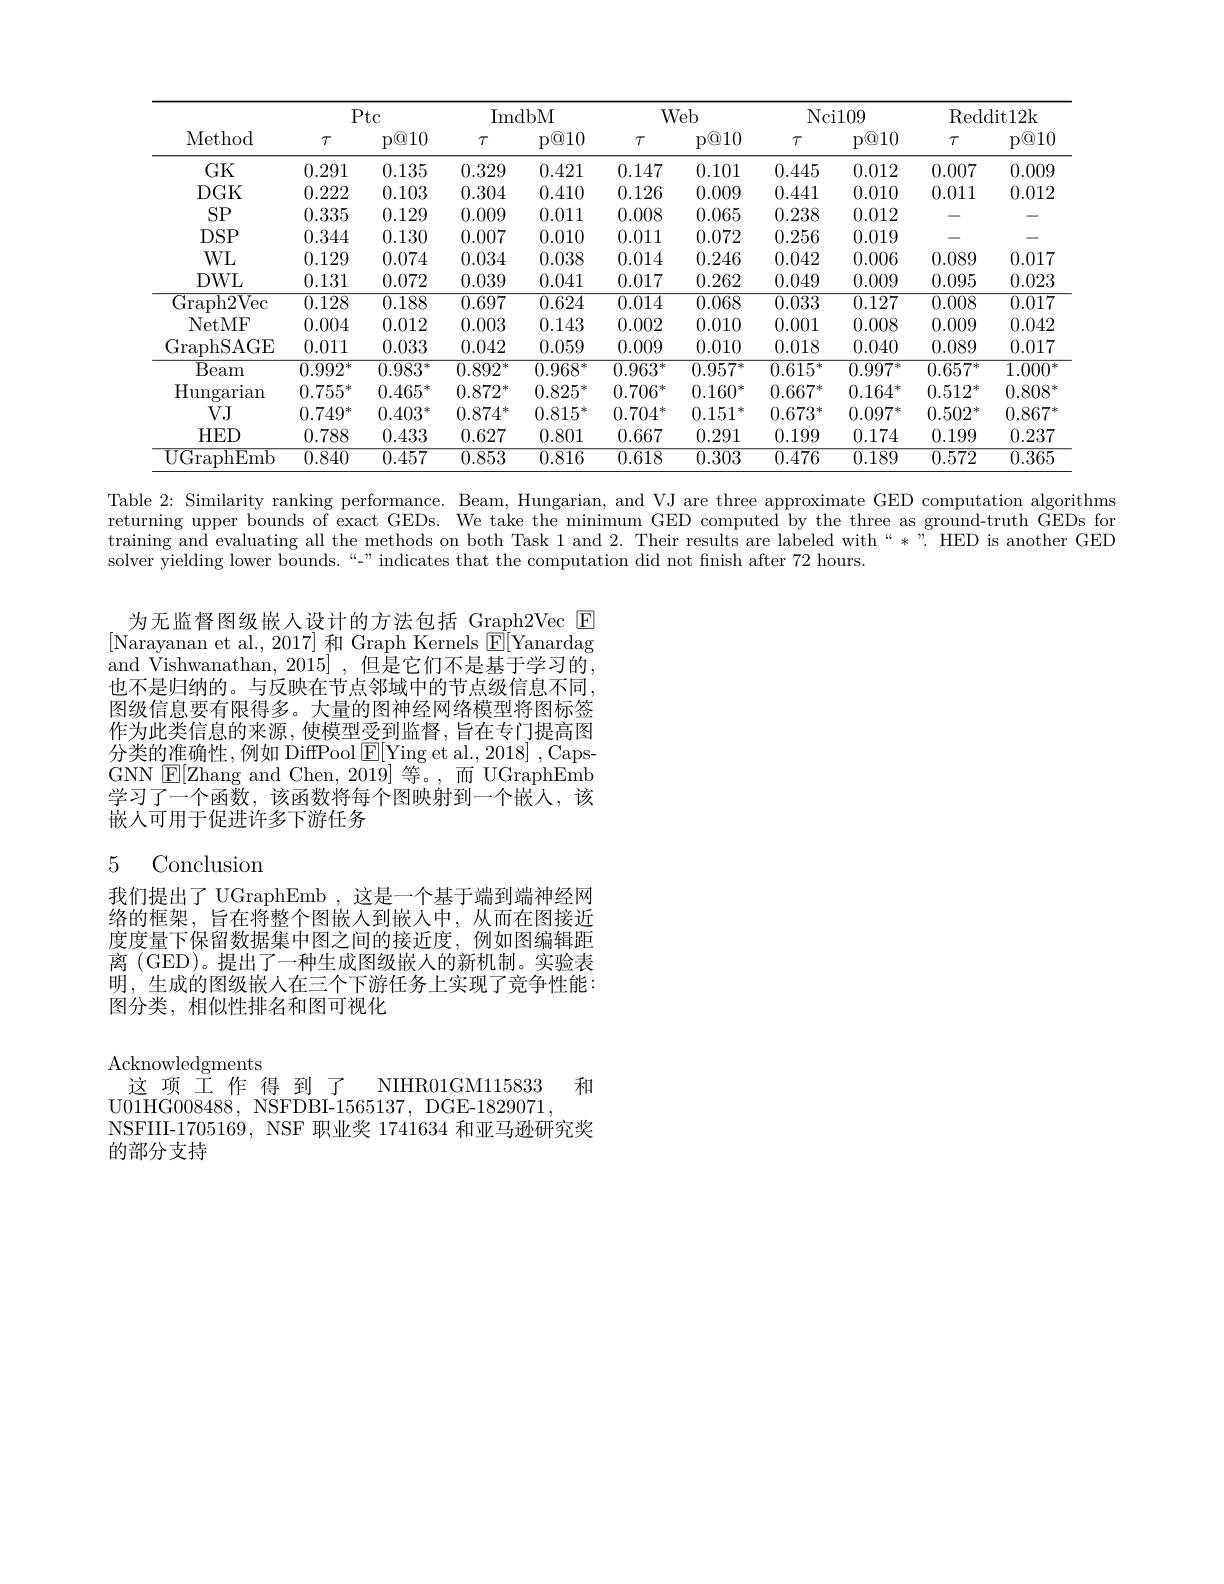
<table>
	<tbody>
		<tr>
			<th rowspan="2">Method</th>
			<th colspan="2">Ptc</th>
			<th colspan="2">ImdbM</th>
			<th colspan="2">Web</th>
			<th colspan="2">Nci109</th>
			<th colspan="2">Reddit12k</th>
		</tr>
		<tr>
			<th>$\tau$</th>
			<th>$p\textcircled{\mathbb{Q}}10$</th>
			<th>$\tau$</th>
			<th>$p\textcircled{\mathrm{Q}}10$</th>
			<th>$\tau$</th>
			<th>$p\textcircled{\mathrm{O}}10$</th>
			<th>$\tau$</th>
			<th>$p\textcircled{\mathrm{O}}10$</th>
			<th>$\tau$</th>
			<th>$p\textcircled{\mathrm{Q}}10$</th>
		</tr>
		<tr>
			<td>$GK$</td>
			<td>0.291</td>
			<td>0.135</td>
			<td>0.329</td>
			<td>0.421</td>
			<td>0.147</td>
			<td>0.101</td>
			<td>0.445</td>
			<td>0.012</td>
			<td>0.007</td>
			<td>0.009</td>
		</tr>
		<tr>
			<td>$DGK$</td>
			<td>0.222</td>
			<td>0.103</td>
			<td>0.304</td>
			<td>0.410</td>
			<td>0.126</td>
			<td>0.009</td>
			<td>0.441</td>
			<td>0.010</td>
			<td>0.011</td>
			<td>0.012</td>
		</tr>
		<tr>
			<td>$SP$</td>
			<td>0.335</td>
			<td>0.129</td>
			<td>0.009</td>
			<td>0.011</td>
			<td>0.008</td>
			<td>0.065</td>
			<td>0.238</td>
			<td>0.012</td>
			<td> </td>
			<td> </td>
		</tr>
		<tr>
			<td>$DSP$</td>
			<td>0.344</td>
			<td>0.130</td>
			<td>0.007</td>
			<td>0.010</td>
			<td>0.011</td>
			<td>0.072</td>
			<td>0.256</td>
			<td>0.019</td>
			<td> </td>
			<td> </td>
		</tr>
		<tr>
			<td>$WL$</td>
			<td>0.129</td>
			<td>0.074</td>
			<td>0.034</td>
			<td>0.038</td>
			<td>0.014</td>
			<td>0.246</td>
			<td>0.042</td>
			<td>0.006</td>
			<td>0.089</td>
			<td>0.017</td>
		</tr>
		<tr>
			<td>$DWL$</td>
			<td>0.131</td>
			<td>0.072</td>
			<td>0.039</td>
			<td>0.041</td>
			<td>0.017</td>
			<td>0.262</td>
			<td>0.049</td>
			<td>0.009</td>
			<td>0.095</td>
			<td>0.023</td>
		</tr>
		<tr>
			<td>Graph2Vec</td>
			<td>0.128</td>
			<td>0.188</td>
			<td>0.697</td>
			<td>0.624</td>
			<td>0.014</td>
			<td>0.068</td>
			<td>0.033</td>
			<td>0.127</td>
			<td>0.008</td>
			<td>0.017</td>
		</tr>
		<tr>
			<td>NetMF</td>
			<td>0.004</td>
			<td>0.012</td>
			<td>0.003</td>
			<td>0.143</td>
			<td>0.002</td>
			<td>0.010</td>
			<td>0.001</td>
			<td>0.008</td>
			<td>0.009</td>
			<td>0.042</td>
		</tr>
		<tr>
			<td>GraphSAGE</td>
			<td>0.011</td>
			<td>0.033</td>
			<td>0.042</td>
			<td>0.059</td>
			<td>0.009</td>
			<td>0.010</td>
			<td>0.018</td>
			<td>0.040</td>
			<td>0.089</td>
			<td>0.017</td>
		</tr>
		<tr>
			<td>Beam</td>
			<td>$0.992^{:}$ 1.7.</td>
			<td>$0.983^{:}$ 1- -</td>
			<td>0.892 1米</td>
			<td>$0.968^{:}$ $\angle X$</td>
			<td>0.963 1.</td>
			<td>$0.957^{*}$</td>
			<td>$0.615^{:}$ M</td>
			<td>$0.997^{*}$</td>
			<td>$0.657^{*}$</td>
			<td>1.000</td>
		</tr>
		<tr>
			<td>Hungarian</td>
			<td>0.755 $冰$</td>
			<td>0.465 米</td>
			<td>0.872 清</td>
			<td>0.825 年</td>
			<td>0.706 消</td>
			<td>$0.160^{*}$</td>
			<td>$0.667^{*}$</td>
			<td>$0.164^{*}$ 2</td>
			<td>0.512 汁</td>
			<td>0.808</td>
		</tr>
		<tr>
			<td>$VJ$</td>
			<td>$0.749^{,}$ $1^{2}$ 洋</td>
			<td>0.403 1.</td>
			<td>0.874 A</td>
			<td>0.815 年</td>
			<td>0.704 冰</td>
			<td>0.151 米</td>
			<td>$0.673^{\circ}$ 174 2</td>
			<td>$0.097^{*}$ 米 1</td>
			<td>0.502 冰</td>
			<td>0.867</td>
		</tr>
		<tr>
			<td>$HED$</td>
			<td>0.788</td>
			<td>0.433</td>
			<td>0.627</td>
			<td>0.801</td>
			<td>0.667</td>
			<td>0.291</td>
			<td>0.199</td>
			<td>0.174</td>
			<td>0.199</td>
			<td>0.237</td>
		</tr>
		<tr>
			<td>UGraphEmb</td>
			<td>$\overline{0.840}$</td>
			<td>0.457</td>
			<td>0.853</td>
			<td>0.816</td>
			<td>0.618</td>
			<td>0.303</td>
			<td>0.476</td>
			<td>$\overline{0.189}$</td>
			<td>$\overline{0.572}$</td>
			<td>$\overline{0.365}$</td>
		</tr>
	</tbody>
</table>

Table 2: Similarity ranking performance. Beam, Hungarian, and VJ are three approximate GED computation algorithms returning upper bounds of exact GEDs. We take the minimum GED computed by the three as ground-truth GEDs for training and evaluating all the methods on both Task 1 and 2. Their results are labeled with“*". HED is another GED solver yielding lower bounds.“-” indicates that the computation did not finish after 72 hours.

为无监督图级嵌人设计的方法包括 Graph2Vec E [Narayanan et al., 2017] 和 Graph Kernels $\boxed{\mathrm{F}}[$Yanardag and Vishwanathan, 2015] , 但是它们不是基于学习的， 也不是归纳的。与反映在节点邻域中的节点级信息不同图级信息要有限得多。大量的图神经网络模型将图标签作为此类信息的来源，使模型受到监督，旨在专门提高图分类的准确性，例如 DiffPool $\boxed{\mathrm{F}}[$Ying et al., 2018] , CapsGNN $\boxed{\mathrm{F}}[$Zhang and Chen,2019]等。,而 UGraphEmb $\bar{\text{学习了一个函数，该函数将每个图映射到一个嵌人，该}}$ 嵌人可用于促进许多下游任务

# 5 Conclusion

我们提出了 UGraphEmb ,这是一个基于端到端神经网络的框架，旨在将整个图嵌入到嵌入中，从而在图接近度度量下保留数据集中图之间的接近度，例如图编辑距离 (GED)。提出了一种生成图级嵌人的新机制。实验表明，生成的图级嵌人在三个下游任务上实现了竞争性能： 图分类，相似性排名和图可视化

Acknowledgments
这项工作得到了 NIHR01GM115833 和
U01HG008488, NSFDBI-1565137, DGE-1829071,
NSFIII-1705169, NSF 职业奖 1741634 和亚马逊研究奖
的部分支持